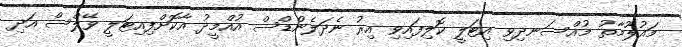
މައުލޫމާތު މުއްސަނދިވި އިޓަލީ ކޮލިފައިވި އިރު ނެދަލެންޑްސް އުއްމީދު އާކޮށްފިއިޓަލީ ވޭލްސް އަދި